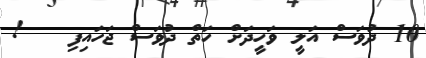
10 ދުވަސް އަލީ ވަހީދަށް ހަތް ދުވަސް ޖަހައިފި   !